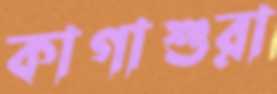
কাগাশুরা